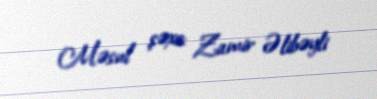
Məsul şəxs: Zamir Əlibəyli